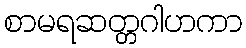
စာမရဆတ္တဂါဟကာ